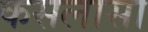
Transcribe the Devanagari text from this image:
कसलासा